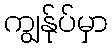
ကျွန်ုပ်မှာ